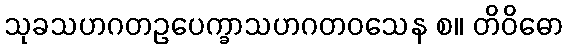
သုခသဟဂတဥပေက္ခာသဟဂတဝသေန စ။ တိဝိဓော